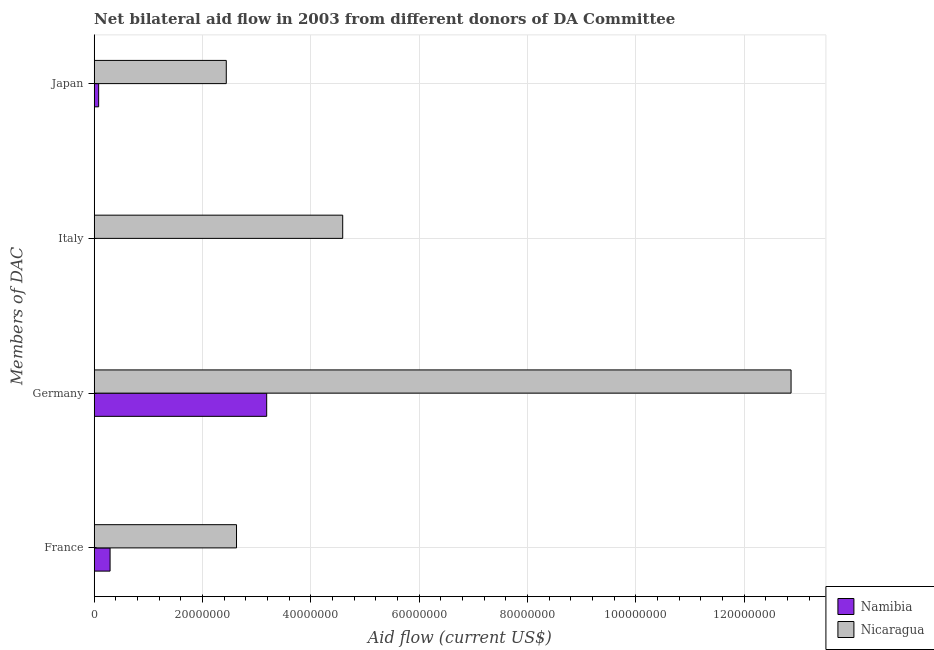
| Members of DAC | Namibia | Nicaragua |
 | --- | --- | --- |
 | France | 2.93e+06 | 2.63e+07 |
 | Germany | 3.18e+07 | 1.29e+08 |
 | Italy | 2e+04 | 4.59e+07 |
 | Japan | 8.2e+05 | 2.44e+07 |